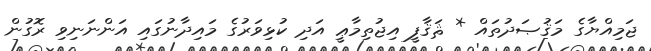
ޖަމިއްޔާގެ މަޤުޞަދުތައް * ޘަޤާފީ އިޖުތިމާޢީ އަދި ކުޅިވަރުގެ މައިދާނުގައި އަންނަނިވި ރޮގުން